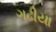
ગઢીયા